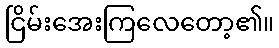
ငြိမ်းအေးကြလေတော့၏။